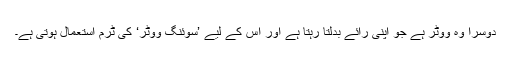
دوسرا وہ ووٹر ہے جو اپنی رائے بدلتا رہتا ہے اور اس کے لیے ’سوئنگ ووٹر‘ کی ٹرم استعمال ہوتی ہے۔